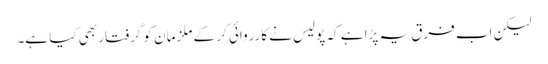
لیکن اب فرق یہ پڑا ہے کہ پولیس نے کارروائی کر کے ملزمان کو گرفتار بھی کیا ہے۔